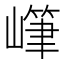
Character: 𱜏